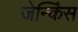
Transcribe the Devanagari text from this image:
जेन्किंस